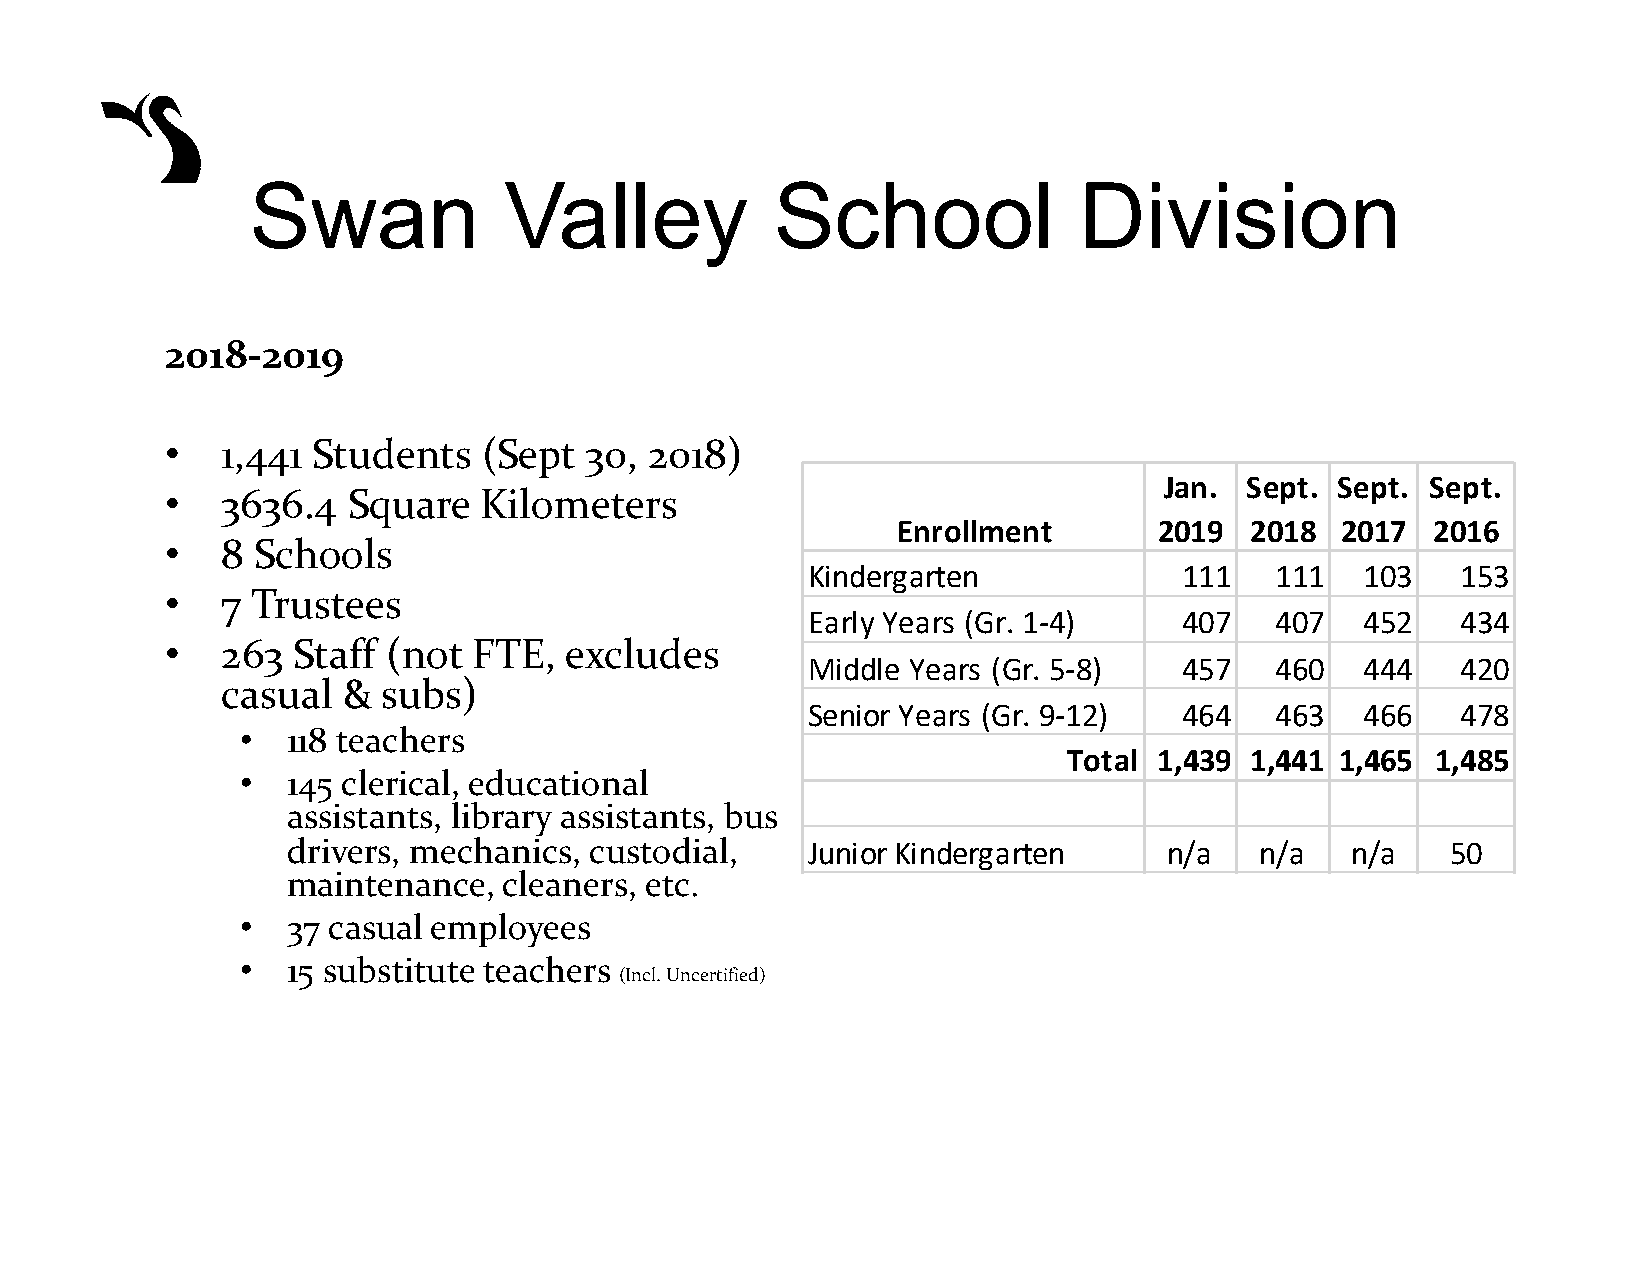
Swan            Valley            School              Division
 2018-2019
 •   1,441 Students   (Sept  30, 2018)
 Jan. Sept. Sept.  Sept.
 •   3636.4  Square   Kilometers
 Enrollment        2019  2018  2017  2016
 •   8 Schools
 Kindergarten             111   111   103    153
 •   7 Trustees
 Early Years (Gr. 1-4)    407   407   452    434
 •   263 Staff  (not FTE,  excludes
 Middle Years (Gr. 5-8)   457   460   444    420
 casual  & subs)
 Senior Years (Gr. 9-12)  464   463   466    478
 •  118 teachers
 Total 1,439 1,441 1,465 1,485
 •  145 clerical, educational
 assistants, library assistants, bus
 drivers, mechanics, custodial,    Junior Kindergarten     n/a   n/a   n/a    50
 maintenance,  cleaners, etc.
 •  37 casual employees
 •  15 substitute teachers
 (Incl. Uncertified)